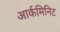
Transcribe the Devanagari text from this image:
आर्कमिनिट